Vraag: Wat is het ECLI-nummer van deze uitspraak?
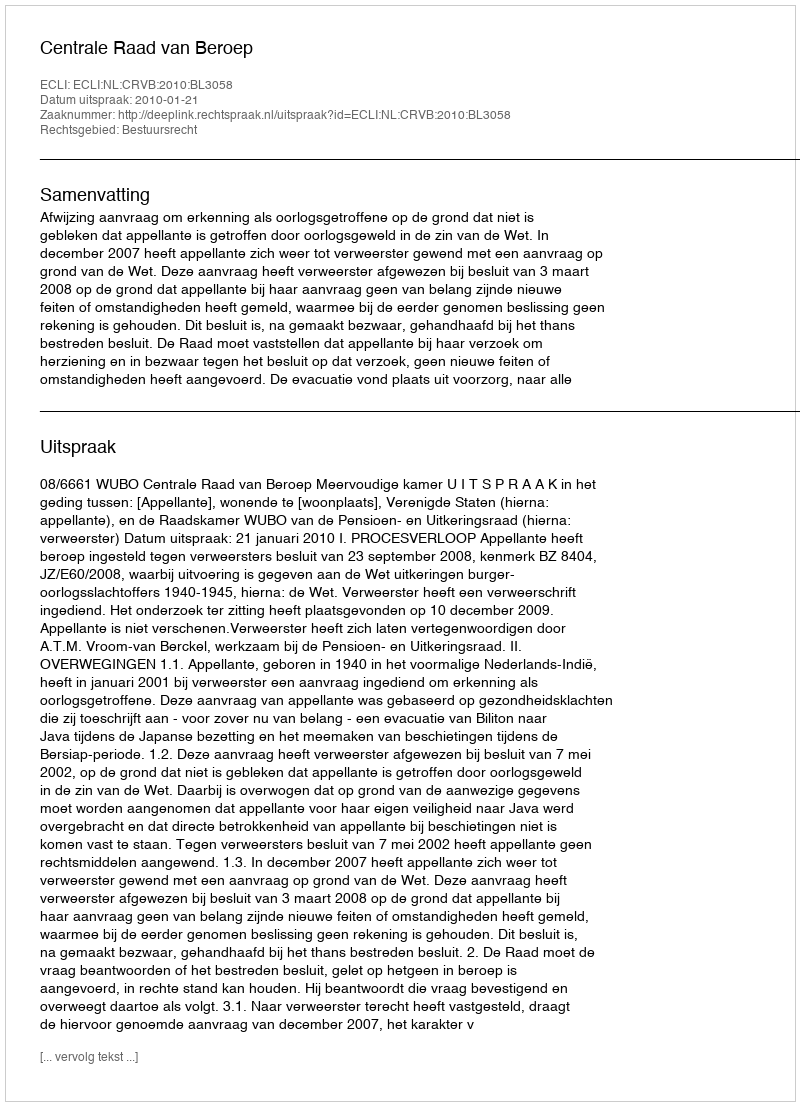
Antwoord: ECLI:NL:CRVB:2010:BL3058